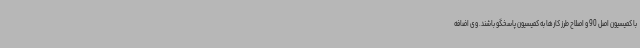
با کمیسیون اصل 90 و اصلاح طرز کارها به کمیسیون پاسخگو باشند. وی اضافه